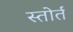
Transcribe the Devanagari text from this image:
स्तोर्त